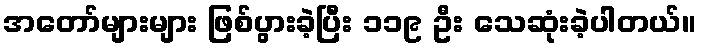
အတော်များများ ဖြစ်ပွားခဲ့ပြီး ၁၁၉ ဦး သေဆုံးခဲ့ပါတယ်။